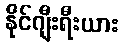
နိုင်ဂျီးရီးယား